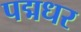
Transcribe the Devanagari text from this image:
पद्मधर